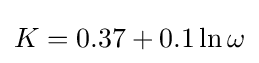
K=0.37+0.1\ln {\omega }